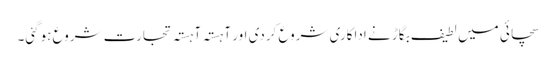
سچائی میں لطیف بگاڑ نے اداکاری شروع کردی اور آہستہ آہستہ تجارت شروع ہوگئی۔